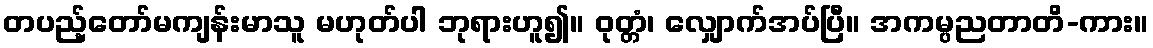
တပည့်တော်မကျန်းမာသူ မဟုတ်ပါ ဘုရားဟူ၍။ ဝုတ္တံ၊ လျှောက်အပ်ပြီ။ အကမ္ပညတာတိ-ကား။